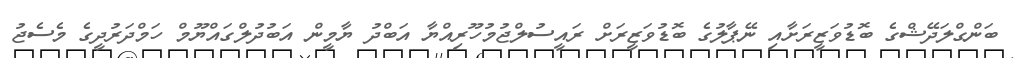
ބަންގްލަދޭޝްގެ ބޮޑުވަޒީރަށާއި ނޭޕާލުގެ ބޮޑުވަޒީރަށް ރައީސުލްޖުމުހޫރިއްޔާ އަބްދު ޔާމީން އަބުދުލްގައްޔޫމް ހަމްދަރުދީގެ މެސެޖު